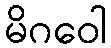
မိဂဝေါ